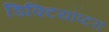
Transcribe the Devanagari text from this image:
डिक्टियॉप्टरा